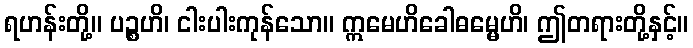
ရဟန်းတို့။ ပဉ္စဟိ၊ ငါးပါးကုန်သော။ ဣမေဟိခေါဓမ္မေဟိ၊ ဤတရားတို့နှင့်။